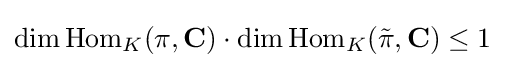
{\textstyle \dim \operatorname {Hom} _{K}(\pi ,\mathbf {C} )\cdot \dim \operatorname {Hom} _{K}({\tilde {\pi }},\mathbf {C} )\leq 1}